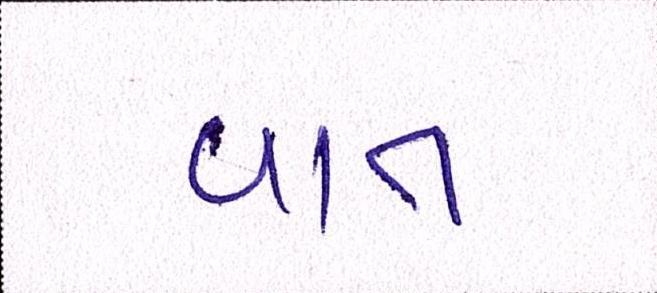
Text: વાત